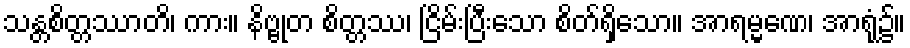
သန္တစိတ္တဿာတိ၊ ကား။ နိဗ္ဗုတ စိတ္တဿ၊ ငြိမ်းပြီးသော စိတ်ရှိသော။ အာရမ္မဏေ၊ အာရုံ၌။